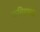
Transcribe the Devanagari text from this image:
फसिहाबाद